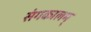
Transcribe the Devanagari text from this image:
संगकालम्